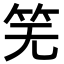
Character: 𫁲